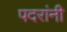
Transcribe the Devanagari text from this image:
पदरांनी